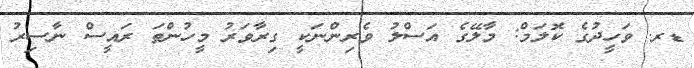
ޑރ. ވަހީދުގެ ކޮލަމް: މާލޭގެ އަސްލު ވެރިންނަކީ ގިރާވަރު މީހުންތަ ރައީސް ނާސިރު